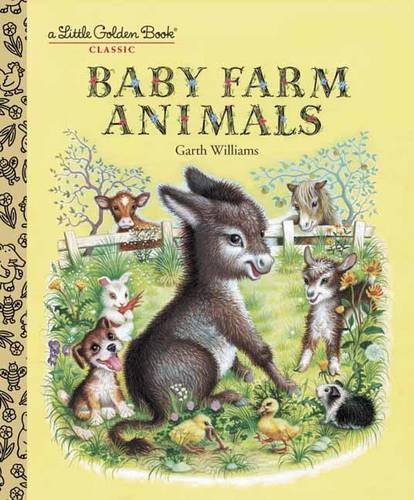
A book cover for Baby Farm Animals (A Little Golden Book Classic); Garth Williams; Children's Books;